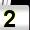
Digit: 2